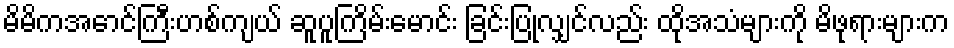
မိမိကအောင်ကြီးဟစ်ကျယ် ဆူပူကြိမ်းမောင်း ခြင်းပြုလျှင်လည်း ထိုအသံများကို မိဖုရားများက